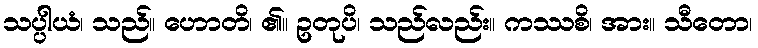
သပ္ပါယံ၊ သည်။ ဟောတိ၊ ၏။ ဥတုပိ၊ သည်လည်း။ ကဿစိ၊ အား။ သီတော၊